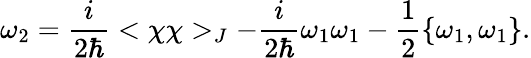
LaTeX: \omega_{2}={\frac{i}{2\hbar}}<\chi\chi>_{J}-{\frac{i}{2\hbar}}\omega_{1}\omega_{1}-{\frac{1}{2}}\{ \omega_{1},\omega_{1}\} .